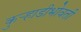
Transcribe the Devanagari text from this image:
कुर्‍हाडीभोवती